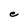
Character: e